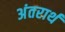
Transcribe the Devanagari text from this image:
अंतरार्थ